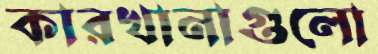
কারখানাগুলো